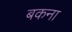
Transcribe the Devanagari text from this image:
बकना